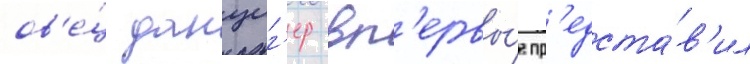
ов'е́ц данциг'ер вп'ервы́е пр'едста́в'ил